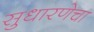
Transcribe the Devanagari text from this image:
सुधारणेचा